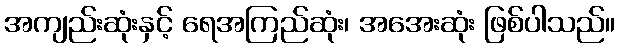
အကျည်းဆုံးနှင့် ရေအကြည်ဆုံး၊ အအေးဆုံး ဖြစ်ပါသည်။